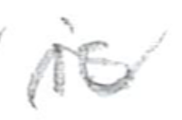
Text: is
Cross-out: wave
Writing tool: pencil